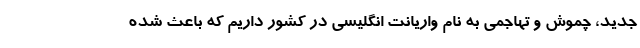
جدید، چموش و تهاجمی به نام واریانت انگلیسی در کشور داریم که باعث شده